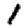
Digit: 1